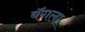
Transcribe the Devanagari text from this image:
बॅगला